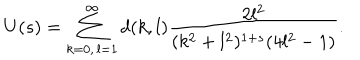
U ( s ) = \sum _ { k = 0 , \, l = 1 } ^ { \infty } d ( k , l ) \frac { 2 l ^ { 2 } } { ( k ^ { 2 } + l ^ { 2 } ) ^ { 1 + s } ( 4 l ^ { 2 } - 1 ) } .